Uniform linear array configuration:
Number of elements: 64
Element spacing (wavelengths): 0.5
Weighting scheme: hann
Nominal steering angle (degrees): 45
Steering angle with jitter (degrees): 45.823
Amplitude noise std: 0.05
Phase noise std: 0.05

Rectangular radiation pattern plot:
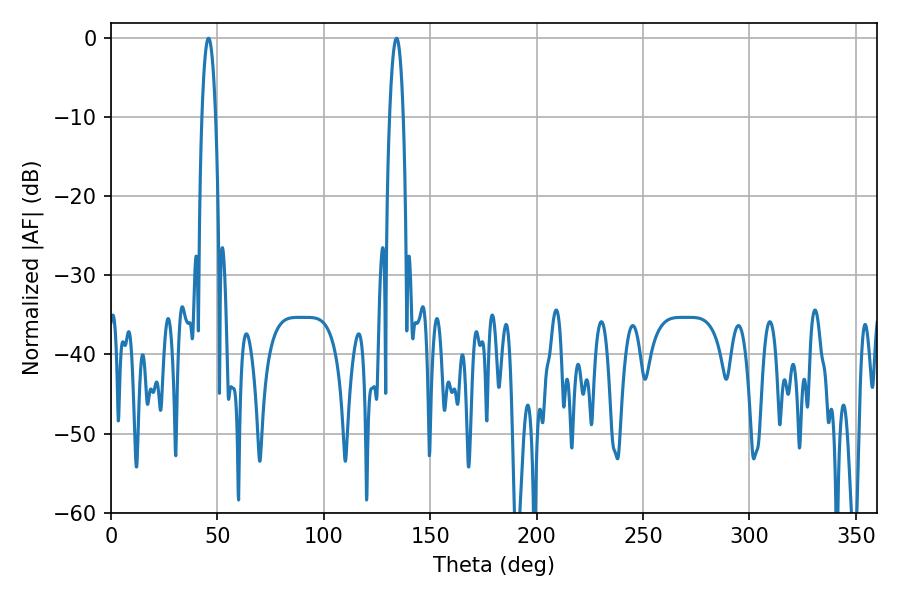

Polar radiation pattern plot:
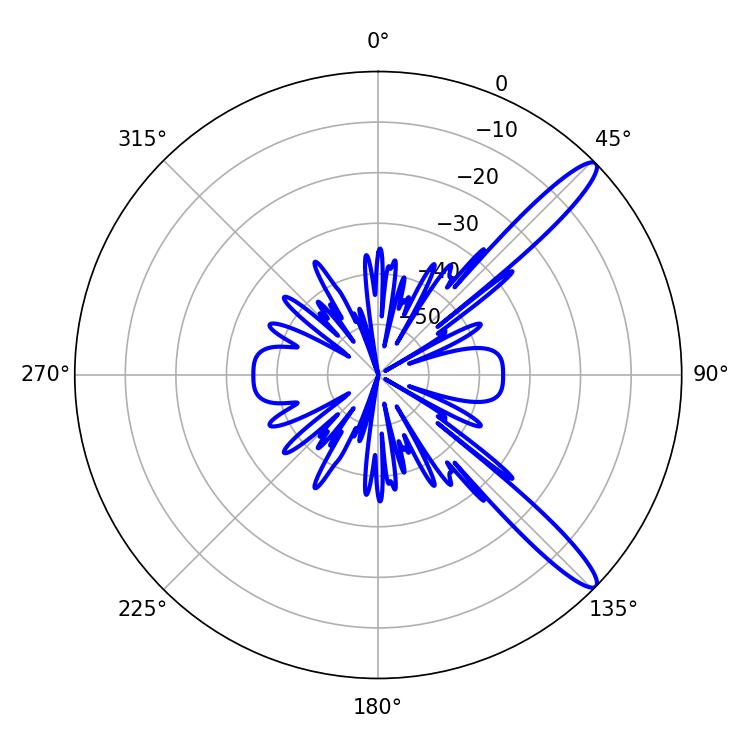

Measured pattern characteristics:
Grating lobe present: FALSE
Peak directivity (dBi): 13.149
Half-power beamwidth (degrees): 3.6
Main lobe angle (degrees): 45.9